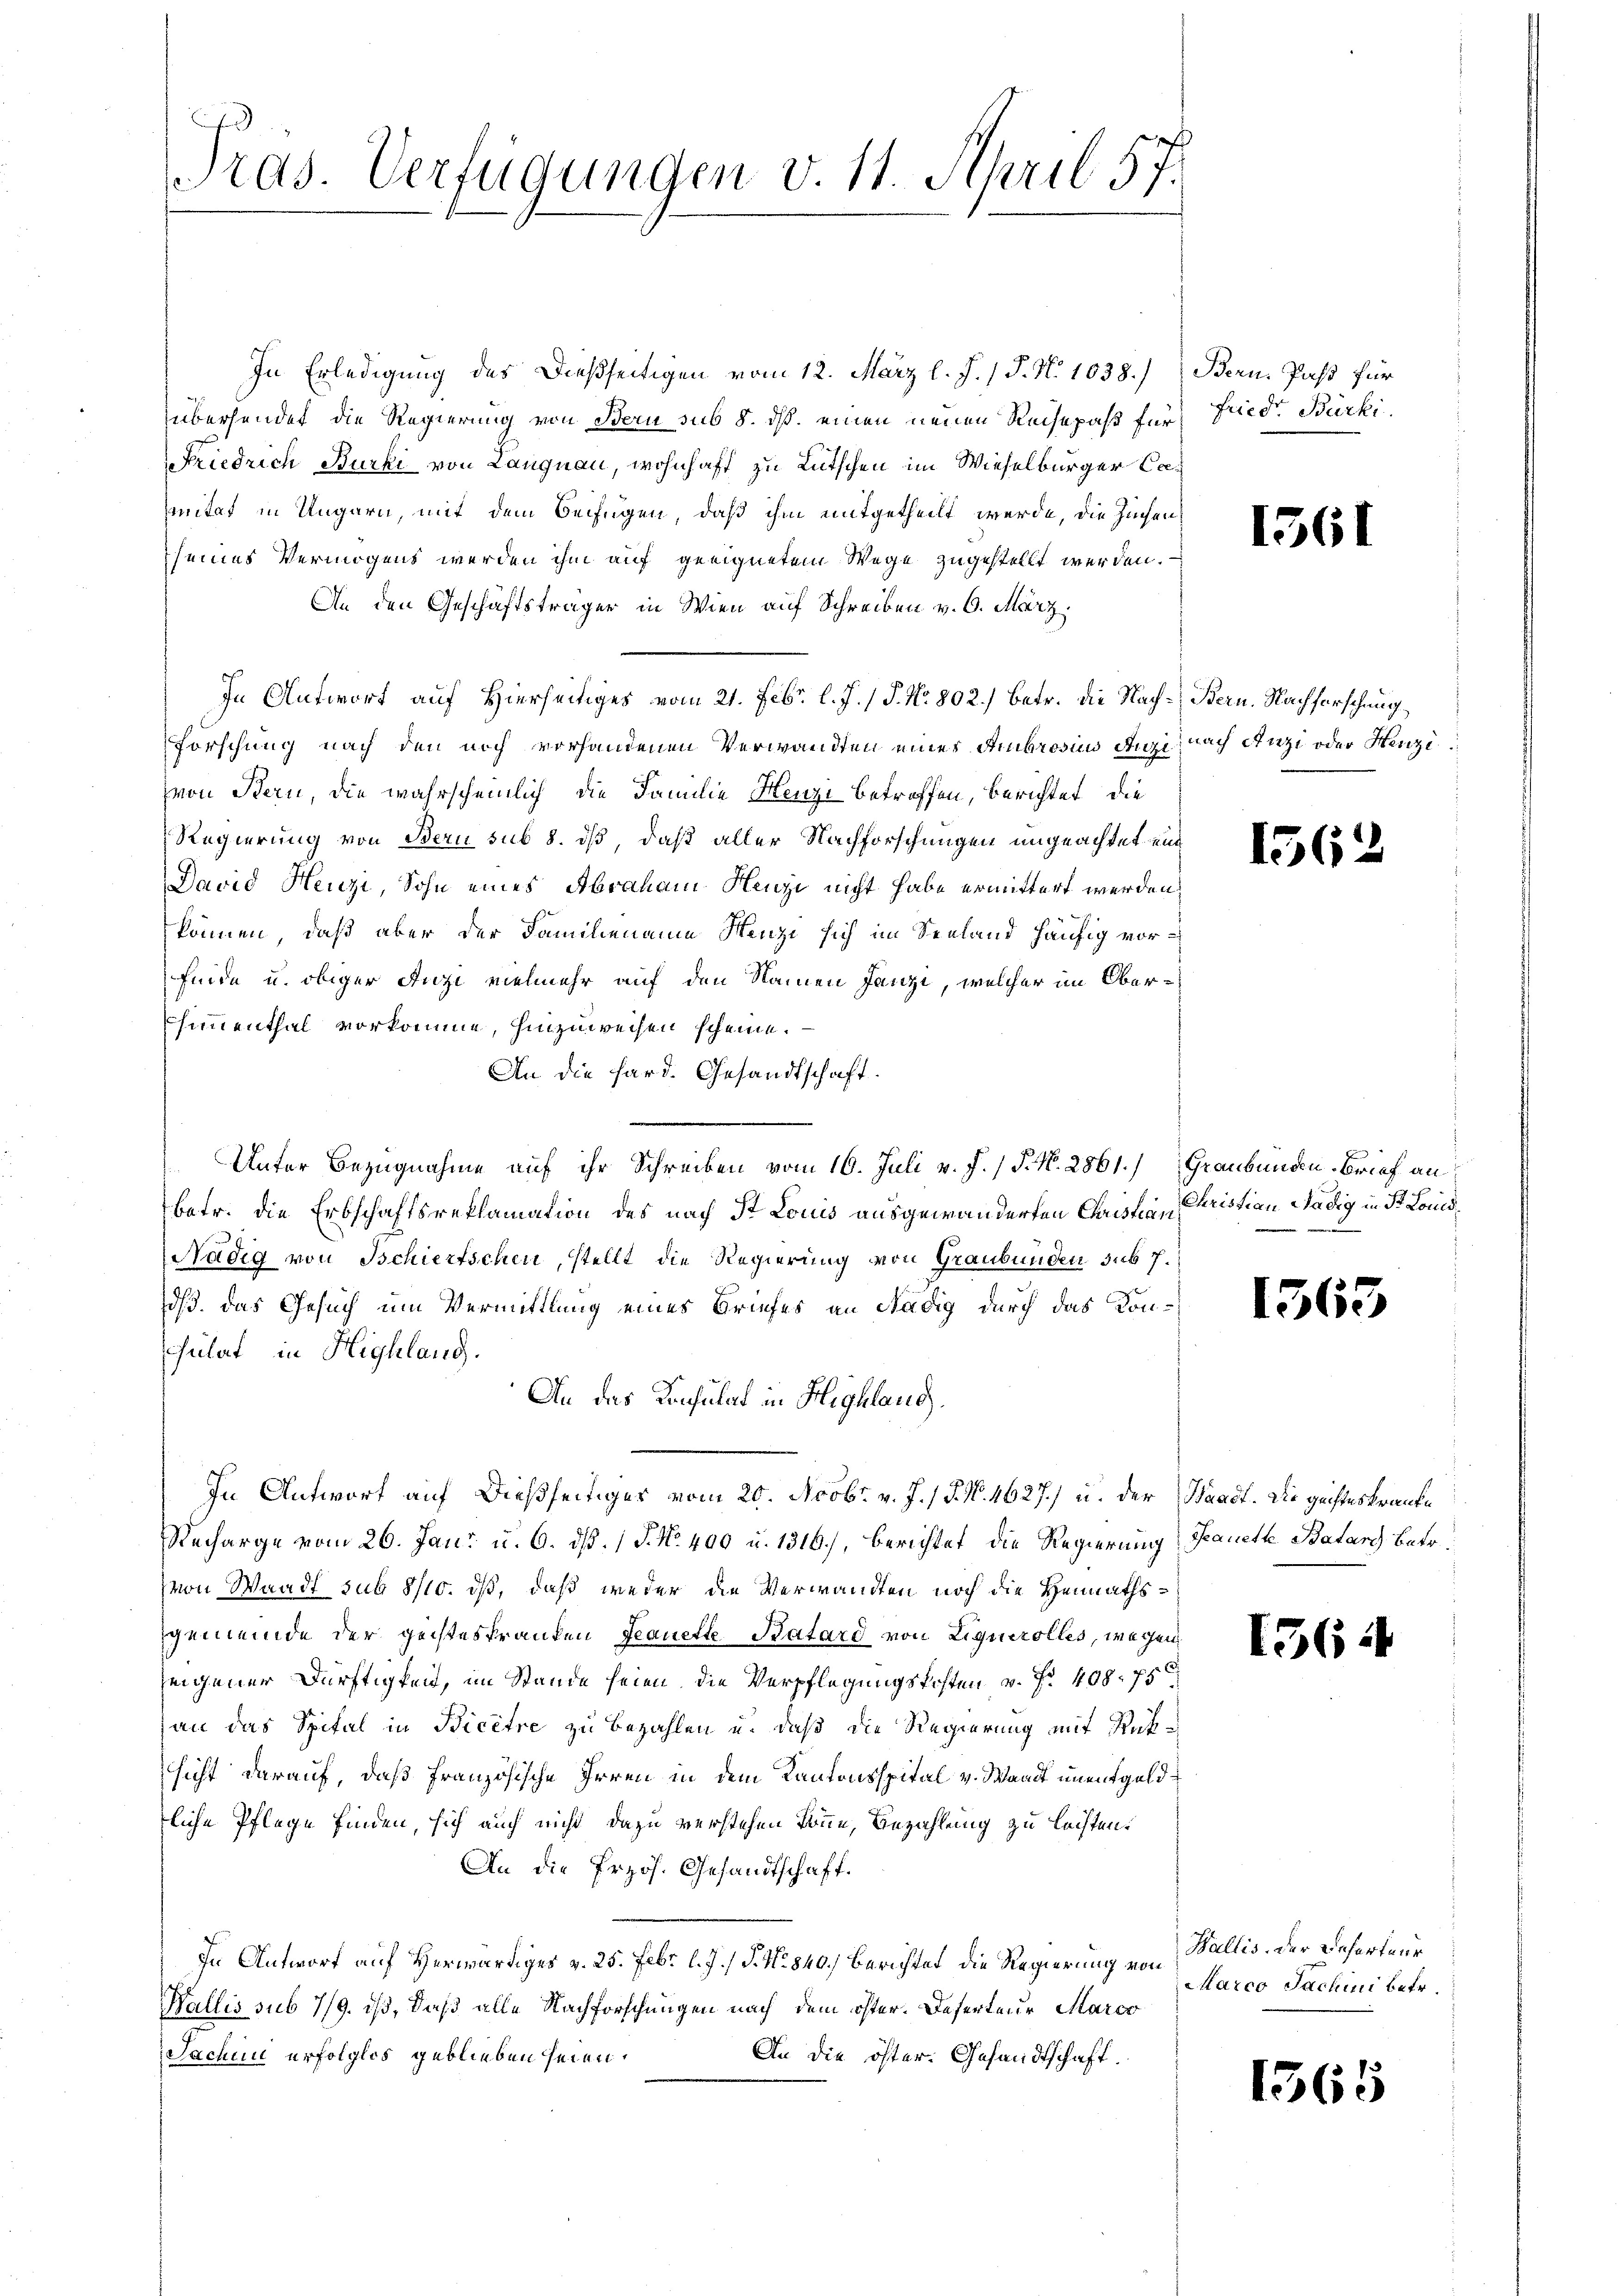
Pras. Verfügungen v. 11. April 57.

In Erledigung des Dießseitigen vom 12. März l. J. / P. N. 1038.) Bern. Paß für
übersendet die Regierung von Bern sub 8. ds. einen neuen Reisepaß für
Friedrich Burki von Langnau, wohnhaft zu Lütschen im Wieselburger Camitat in Ungarn, mit dem Beifügen, daß ihm mitgetheilt werde, die Züchen
seines Vermögens werden ihm auf geeignetem Wege zugestellt werden.
An den Geschäftsträger in Wien auf Schreiben v. 6. März.
In Antwort auf Hierseitiges vom 21. Febr. l. J. / P. Nr. 802.) Betr. die Nach-Bern. Nachforschung
Forschung nach den noch vorhandenen Verwandten einer Ambrosius Anzi, nach Anzi oder Henzivon Bern, die wahrscheinlich die Familie Henzi betreffen, berichtet, die
Regierung von Bern sub 8. ds, daß aller Nachforschungen ungeachtet ein
David Henzi, Sohn eines Abraham Henzi nicht habe ermittert werden,
können, daß aber der Familiename Henze sich im Seeland häufig vorfinde u. obiger Anzi vielmehr auf den Namen Janzi, welcher im Obersimmenthal vorkomme, hinzuweisen scheine.
An die Hard. Gesandtschaft.
Unter Bezugnahme auf ihr Schreiben vom 16. Juli v. J. / P. N. 2861.) Graubünden Brief an
betr. die Erbschaftsreklamation des nach St. Louis ausgewanderten Christian Christian Wädig in Fr. Louis
7
Nädig von Tschierfschen, stellt die Regierung von Graubünden sub 7.
ds. das Gesuch um Vermittlung eines Briefes an Nädig durch das Konsulat in Highland.
An das Konsulat in Highland.
In Antwort auf dießseitiges vom 20. Novbr. v. J. / 5. No. 4627) u. der Waadt. Die geisteskranke
Recharge vom 26. Jan. u. 6. ds. / 5. No. 400 u. 1316), berichtet die Regierung Frauete Batars betr.
von Waadt sub 8/10. dß, daß weder die Verwandten noch die Heimathsgemeinde der geisteskranken Frauette Batard von Liquerolles, wegen
zeigener Dürftigkeit, im Stande seien, die Verpflegungskosten v. Nr. 408. 75
an das Spital in Bicere zu bezahlen u. daß die Regierung mit Rüksicht darauf, daß französische Irren in dem Kantonsspital v. Waadt unentgeldliche Pflege finden, sich auch nicht dazu verstehen könne, Bezahlung zu leisten.
An die Erzös. Gesandtschaft.
In Antwort auf Herwärtiges v. 25. Febr. l. J. J. No. 840.) Berichtet die Regierung von Wallis. Der Deserteur
Wallis sub 7/9. ist, daß alle Nachforschungen nach dem öster. Deserteur Marco
Sachen erfolglos geblieben seien.
An die öfter. Gesandtschaft.

friedr. Bürki

1361

1562

1563

1564

Marco Tachini betr.

1365